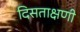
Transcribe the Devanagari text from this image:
दिसताक्षणी